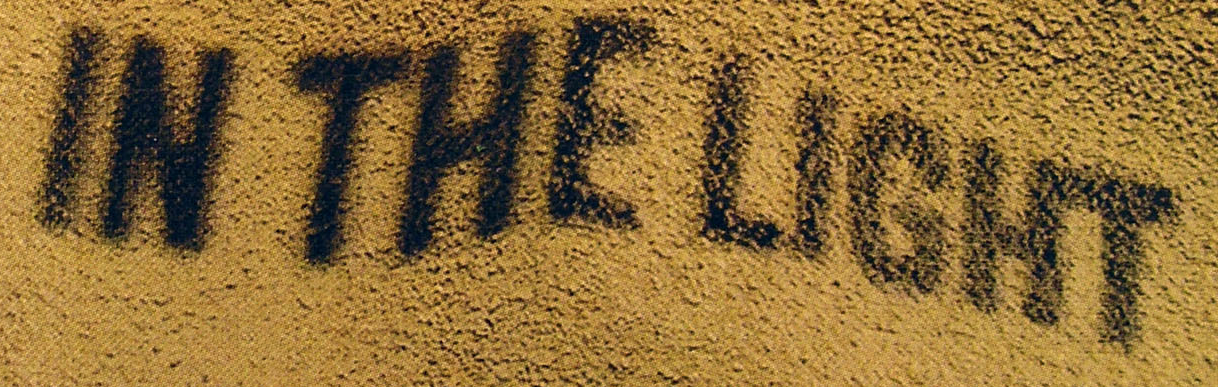
IN THE LIGHT